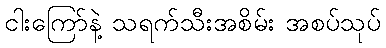
ငါးကြော်နဲ့ သရက်သီးအစိမ်း အစပ်သုပ်